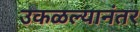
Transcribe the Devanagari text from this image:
उकळल्यानंतर